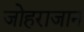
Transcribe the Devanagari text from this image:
जोहराजान